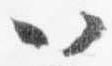
以